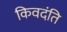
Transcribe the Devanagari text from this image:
किवदंति